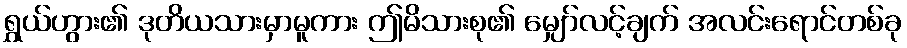
ရွှယ်ဟွား၏ ဒုတိယသားမှာမူကား ဤမိသားစု၏ မျှော်လင့်ချက် အလင်းရောင်တစ်ခု